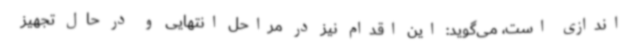
اندازی است، می‌گوید: این اقدام نیز در مراحل انتهایی و در حال تجهیز